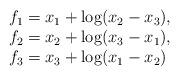
LaTeX: \begin{align*}\begin{array}{l}f_1 = x_1 + \log(x_2-x_3), \\f_2 = x_2 + \log(x_3-x_1), \\f_3 = x_3 + \log(x_1-x_2) \\\end{array}\end{align*}